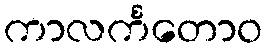
ကာလင်္ကတောဝ